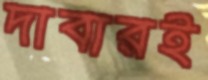
দাবারই